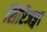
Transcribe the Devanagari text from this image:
शिरिजङ्गा